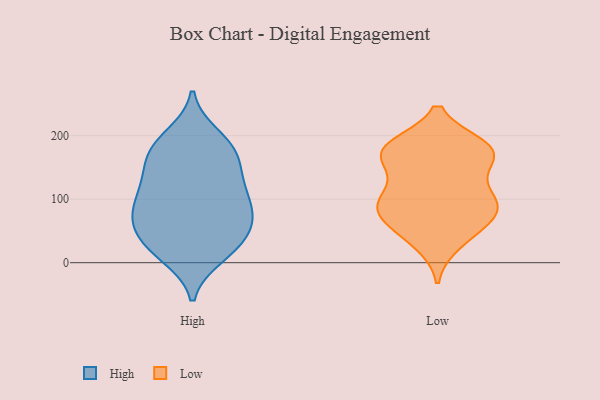
{"axis": {"x": "LTV (USD)", "y": "Value"}, "legend": ["High", "Low"], "data": [{"x": "", "y": 118, "type": "High"}, {"x": "", "y": 51, "type": "High"}, {"x": "", "y": 19, "type": "High"}, {"x": "", "y": 165, "type": "High"}, {"x": "", "y": 57, "type": "High"}, {"x": "", "y": 70, "type": "High"}, {"x": "", "y": 83, "type": "High"}, {"x": "", "y": 199, "type": "High"}, {"x": "", "y": 127, "type": "High"}, {"x": "", "y": 175, "type": "High"}, {"x": "", "y": 187, "type": "High"}, {"x": "", "y": 118, "type": "High"}, {"x": "", "y": 67, "type": "High"}, {"x": "", "y": 179, "type": "High"}, {"x": "", "y": 11, "type": "High"}, {"x": "", "y": 98, "type": "High"}, {"x": "", "y": 25, "type": "High"}, {"x": "", "y": 82, "type": "High"}, {"x": "", "y": 26, "type": "High"}, {"x": "", "y": 147, "type": "High"}, {"x": "", "y": 169, "type": "Low"}, {"x": "", "y": 184, "type": "Low"}, {"x": "", "y": 71, "type": "Low"}, {"x": "", "y": 157, "type": "Low"}, {"x": "", "y": 101, "type": "Low"}, {"x": "", "y": 172, "type": "Low"}, {"x": "", "y": 112, "type": "Low"}, {"x": "", "y": 59, "type": "Low"}, {"x": "", "y": 184, "type": "Low"}, {"x": "", "y": 30, "type": "Low"}, {"x": "", "y": 86, "type": "Low"}, {"x": "", "y": 112, "type": "Low"}, {"x": "", "y": 87, "type": "Low"}, {"x": "", "y": 77, "type": "Low"}, {"x": "", "y": 159, "type": "Low"}, {"x": "", "y": 181, "type": "Low"}, {"x": "", "y": 40, "type": "Low"}, {"x": "", "y": 183, "type": "Low"}, {"x": "", "y": 90, "type": "Low"}]}